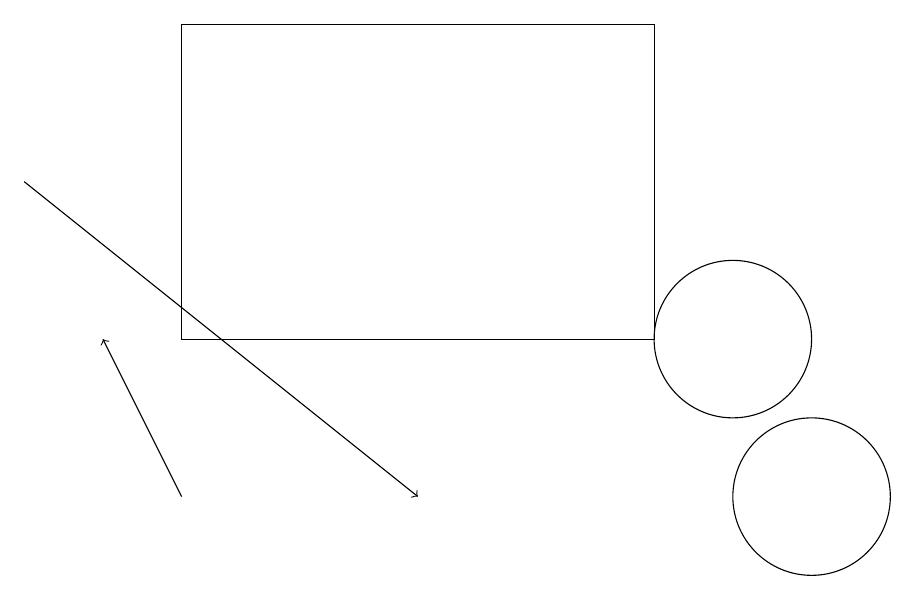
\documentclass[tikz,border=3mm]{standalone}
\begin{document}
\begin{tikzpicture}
\draw (9,12) rectangle (3,16);
\draw (10,12) circle (1);
\draw[->] (3,10) -- (2,12);
\draw[->] (1,14) -- (6,10);
\draw (11,10) circle (1);
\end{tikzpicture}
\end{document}